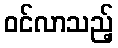
ဝင်လာသည့်